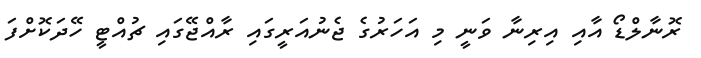
ރޮނާލްޑޯ އާއި އިރިނާ ވަނީ މި އަހަރުގެ ޖެނުއަރީގައި ރާއްޖޭގައި ޗުއްޓީ ހޭދަކޮށްފަ